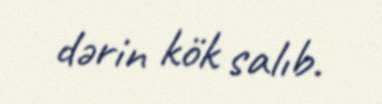
dərin kök salıb.